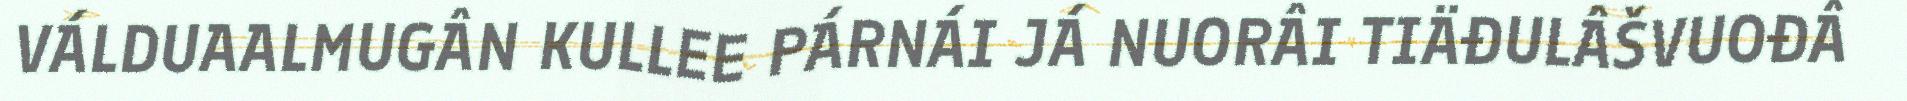
VÁLDUAALMUGÂN KULLEE PÁRNÁI JÁ NUORÂI TIÄĐULÂŠVUOĐÂ